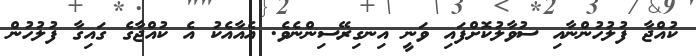
ކުއްޖާ ފުލުހުންނާއި ސުވާލުކޮށްފައި ވަނީ އިނގިރޭސިންނެވެ. އެއާއެކު އެ ކުއްޖާގެ ގައިގާ ފުލުހުން